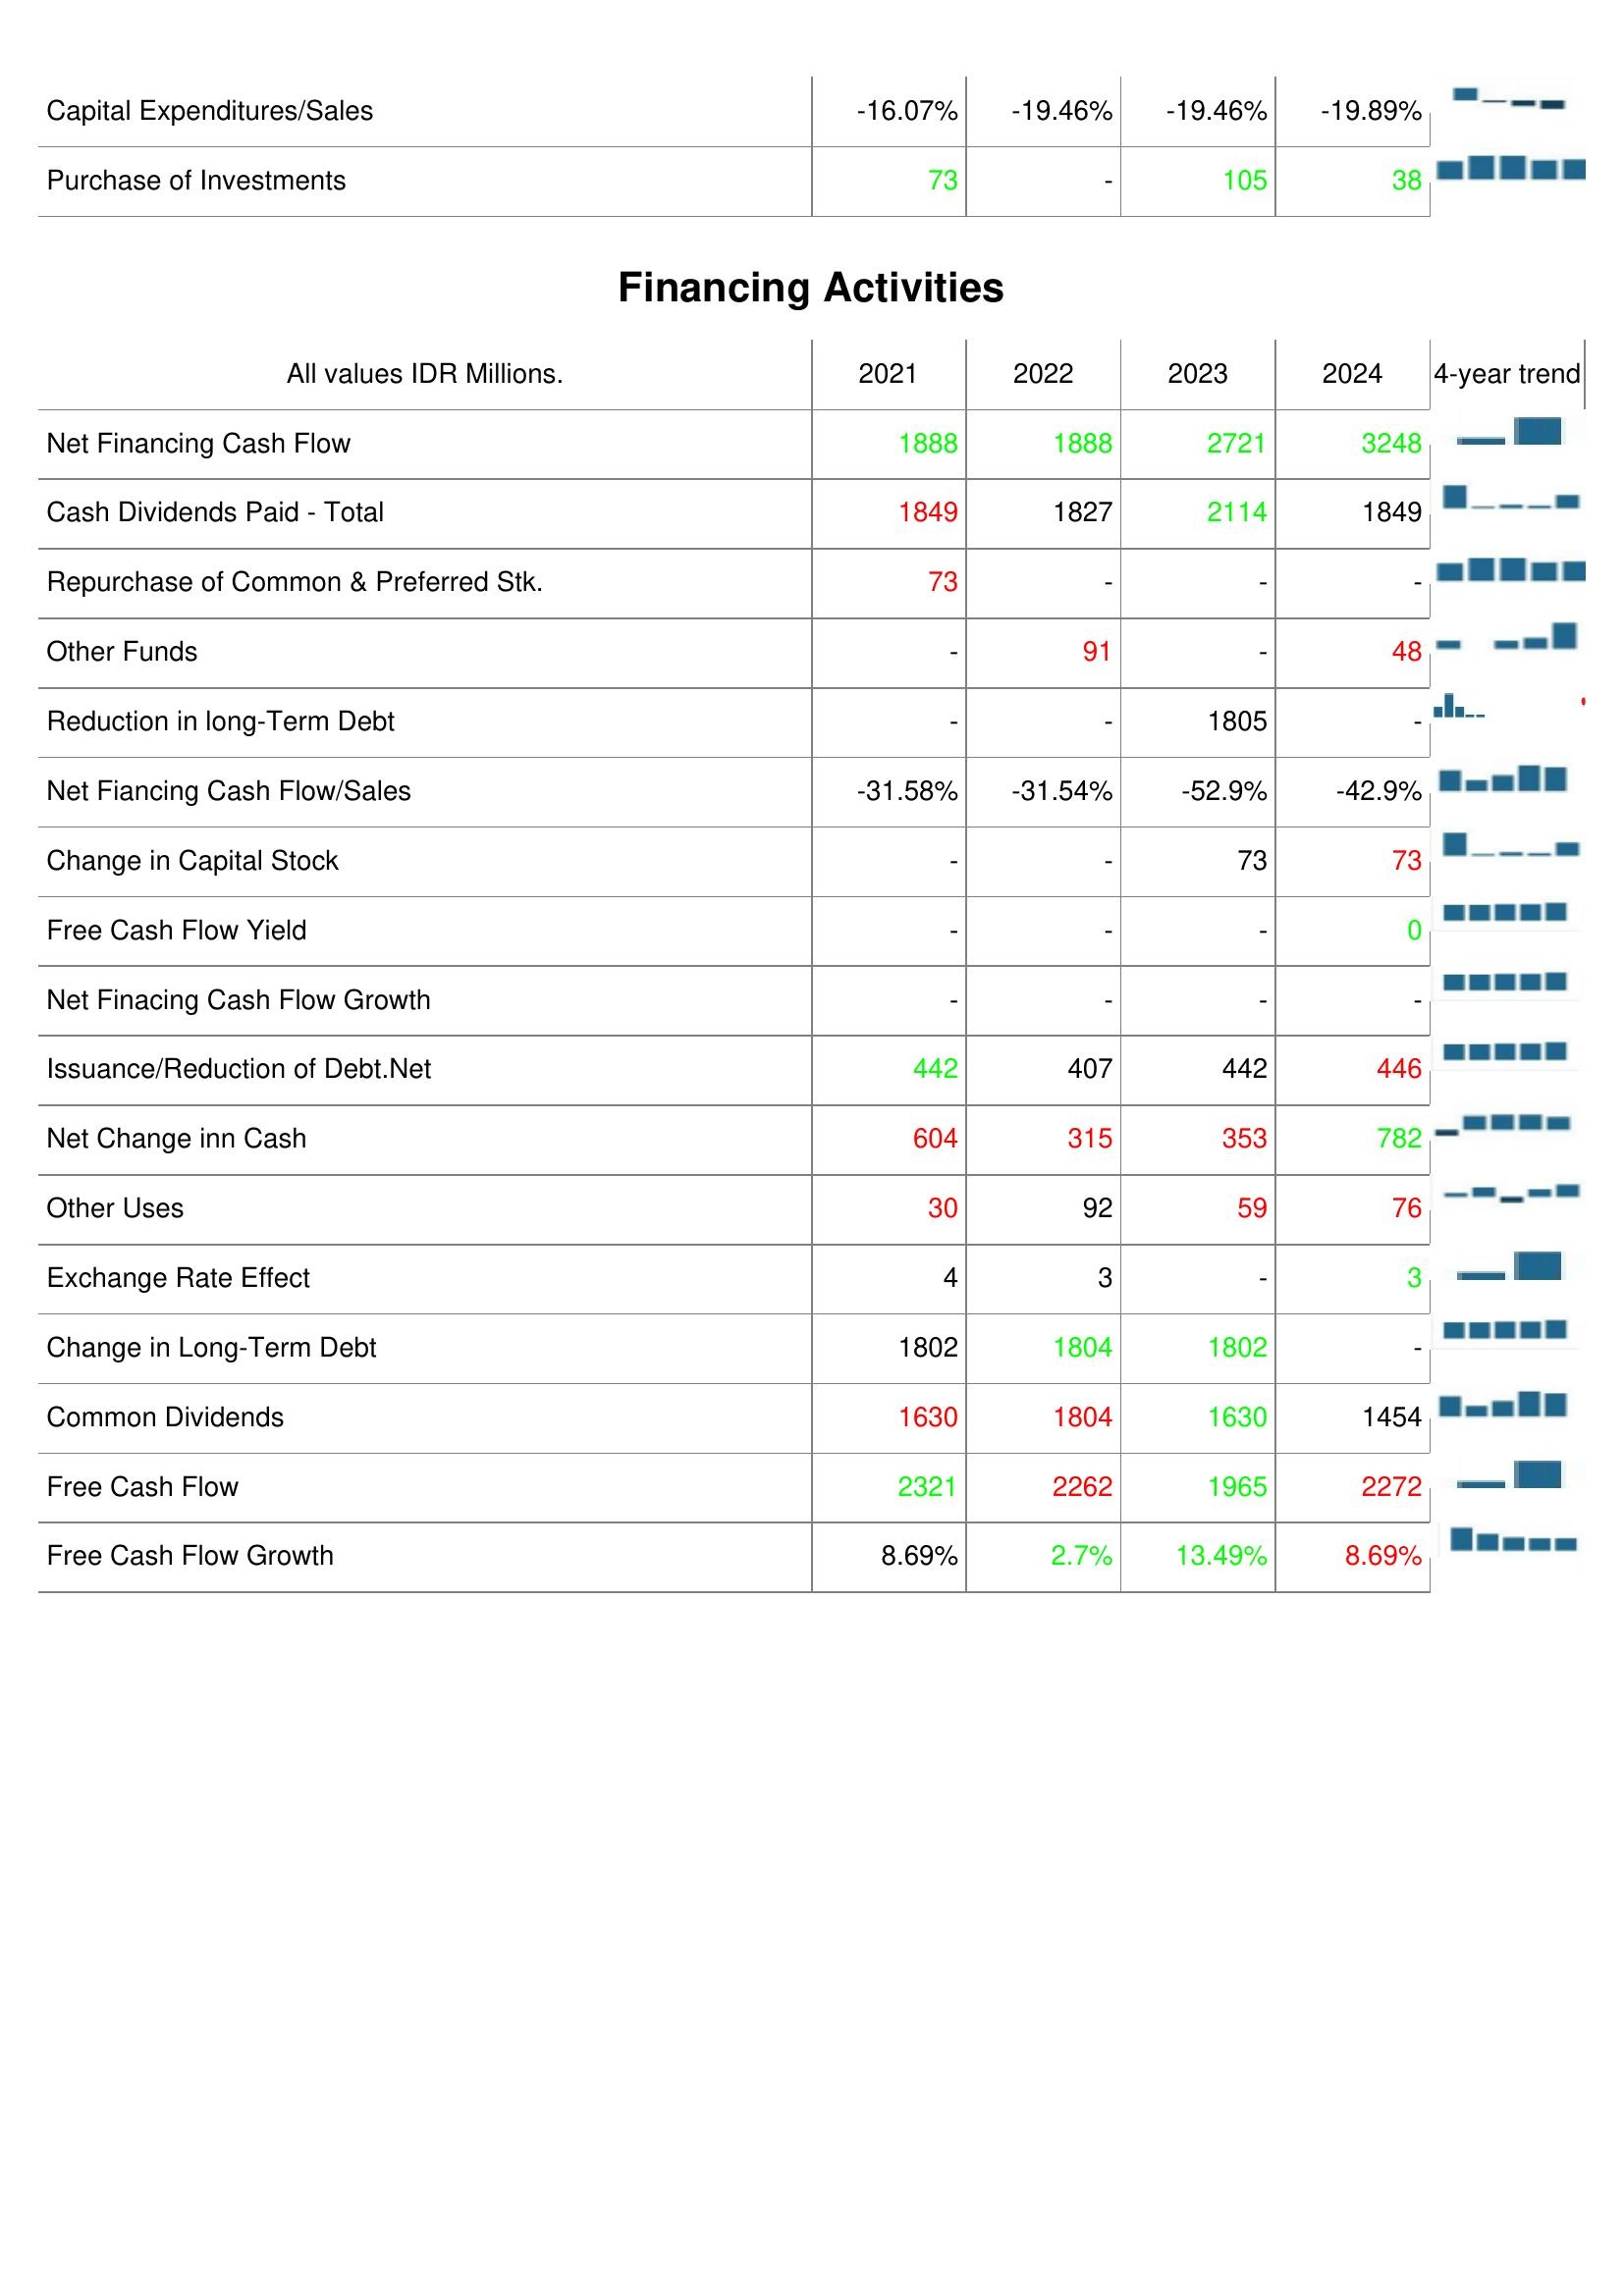
2021: Investing Activities: Capital Expenditures/Sales: -16.07%
Purchase of Investments: 73
Financing Activities: Net Financing Cash Flow: 1888
Cash Dividends Paid - Total: 1849
Repurchase of Common & Preferred Stk.: 73
Other Funds: -
Reduction in long-Term Debt: -
Net Fiancing Cash Flow/Sales: -31.58%
Change in Capital Stock: -
Free Cash Flow Yield: -
Net Finacing Cash Flow Growth: -
Issuance/Reduction of Debt.Net: 442
Net Change inn Cash: 604
Other Uses: 30
Exchange Rate Effect: 4
Change in Long-Term Debt: 1802
Common Dividends: 1630
Free Cash Flow: 2321
Free Cash Flow Growth: 8.69%
2022: Investing Activities: Capital Expenditures/Sales: -19.46%
Purchase of Investments: -
Financing Activities: Net Financing Cash Flow: 1888
Cash Dividends Paid - Total: 1827
Repurchase of Common & Preferred Stk.: -
Other Funds: 91
Reduction in long-Term Debt: -
Net Fiancing Cash Flow/Sales: -31.54%
Change in Capital Stock: -
Free Cash Flow Yield: -
Net Finacing Cash Flow Growth: -
Issuance/Reduction of Debt.Net: 407
Net Change inn Cash: 315
Other Uses: 92
Exchange Rate Effect: 3
Change in Long-Term Debt: 1804
Common Dividends: 1804
Free Cash Flow: 2262
Free Cash Flow Growth: 2.7%
2023: Investing Activities: Capital Expenditures/Sales: -19.46%
Purchase of Investments: 105
Financing Activities: Net Financing Cash Flow: 2721
Cash Dividends Paid - Total: 2114
Repurchase of Common & Preferred Stk.: -
Other Funds: -
Reduction in long-Term Debt: 1805
Net Fiancing Cash Flow/Sales: -52.9%
Change in Capital Stock: 73
Free Cash Flow Yield: -
Net Finacing Cash Flow Growth: -
Issuance/Reduction of Debt.Net: 442
Net Change inn Cash: 353
Other Uses: 59
Exchange Rate Effect: -
Change in Long-Term Debt: 1802
Common Dividends: 1630
Free Cash Flow: 1965
Free Cash Flow Growth: 13.49%
2024: Investing Activities: Capital Expenditures/Sales: -19.89%
Purchase of Investments: 38
Financing Activities: Net Financing Cash Flow: 3248
Cash Dividends Paid - Total: 1849
Repurchase of Common & Preferred Stk.: -
Other Funds: 48
Reduction in long-Term Debt: -
Net Fiancing Cash Flow/Sales: -42.9%
Change in Capital Stock: 73
Free Cash Flow Yield: 0
Net Finacing Cash Flow Growth: -
Issuance/Reduction of Debt.Net: 446
Net Change inn Cash: 782
Other Uses: 76
Exchange Rate Effect: 3
Change in Long-Term Debt: -
Common Dividends: 1454
Free Cash Flow: 2272
Free Cash Flow Growth: 8.69%